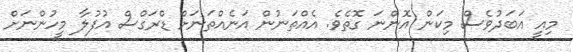
މިއީ އަބަދުވެސް މިކަން އޮންނަ ގޮތެވެ. އެއްތަނުން އަނެއްތަނަށް ޑްރަގްސް އުފުލާ މީހުންނަށް